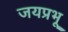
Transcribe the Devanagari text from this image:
जयप्रभू